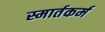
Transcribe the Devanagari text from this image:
स्मार्तकर्म